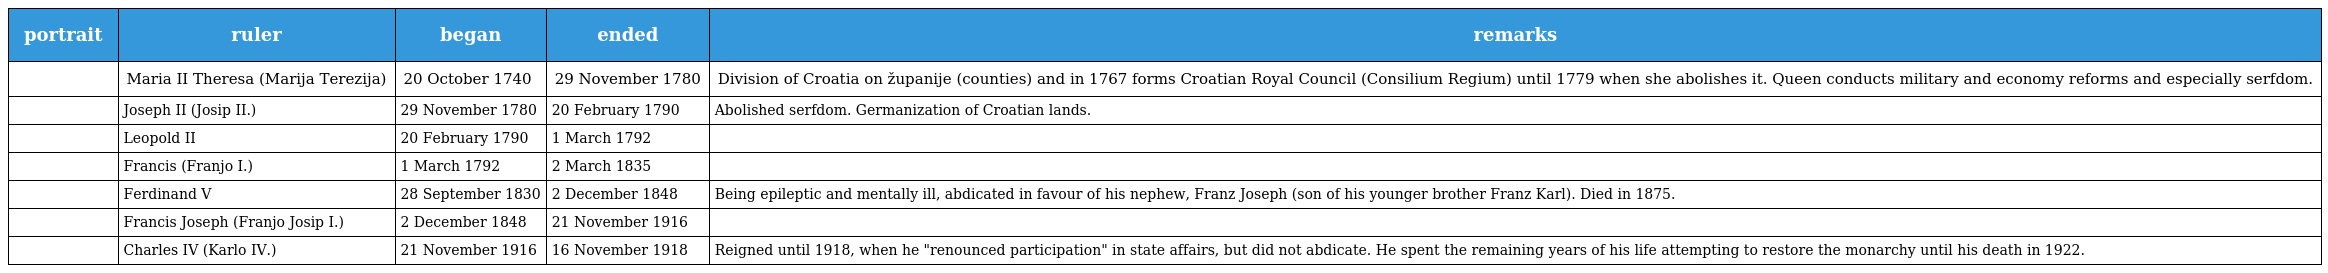
| portrait | ruler | began | ended | remarks |
 | --- | --- | --- | --- | --- |
 |  | Maria II Theresa (Marija Terezija) | 20 October 1740 | 29 November 1780 | Division of Croatia on županije (counties) and in 1767 forms Croatian Royal Council (Consilium Regium) until 1779 when she abolishes it. Queen conducts military and economy reforms and especially serfdom. |
 |  | Joseph II (Josip II.) | 29 November 1780 | 20 February 1790 | Abolished serfdom. Germanization of Croatian lands. |
 |  | Leopold II | 20 February 1790 | 1 March 1792 |  |
 |  | Francis (Franjo I.) | 1 March 1792 | 2 March 1835 |  |
 |  | Ferdinand V | 28 September 1830 | 2 December 1848 | Being epileptic and mentally ill, abdicated in favour of his nephew, Franz Joseph (son of his younger brother Franz Karl). Died in 1875. |
 |  | Francis Joseph (Franjo Josip I.) | 2 December 1848 | 21 November 1916 |  |
 |  | Charles IV (Karlo IV.) | 21 November 1916 | 16 November 1918 | Reigned until 1918, when he "renounced participation" in state affairs, but did not abdicate. He spent the remaining years of his life attempting to restore the monarchy until his death in 1922. |